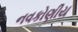
નવકોણીય